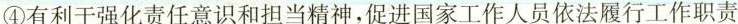
④有利于强化责任意识和担当精神，促进国家工作人员依法履行工作职责